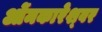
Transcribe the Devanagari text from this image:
ओंमकारेश्‍वर